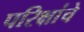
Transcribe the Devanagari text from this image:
परिक्षांचे